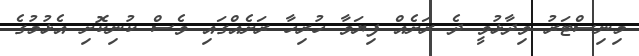
މިނިސްޓަރު ވިދާޅުވީ ދެ ރަށެއް ފިޔަވާ ހުރިހާ ރަށެއްގައި ވެސް ކުނިކޮށި އެޅުމުގެ